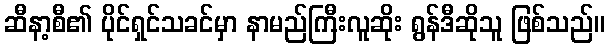
ဆီနာ့စီ၏ ပိုင်ရှင်သခင်မှာ နာမည်ကြီးလူဆိုး ရွန်ဒီဆိုသူ ဖြစ်သည်။